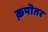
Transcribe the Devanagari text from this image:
क़पॊतर